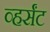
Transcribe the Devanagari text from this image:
व्हर्संट